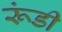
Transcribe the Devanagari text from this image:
रूंडी